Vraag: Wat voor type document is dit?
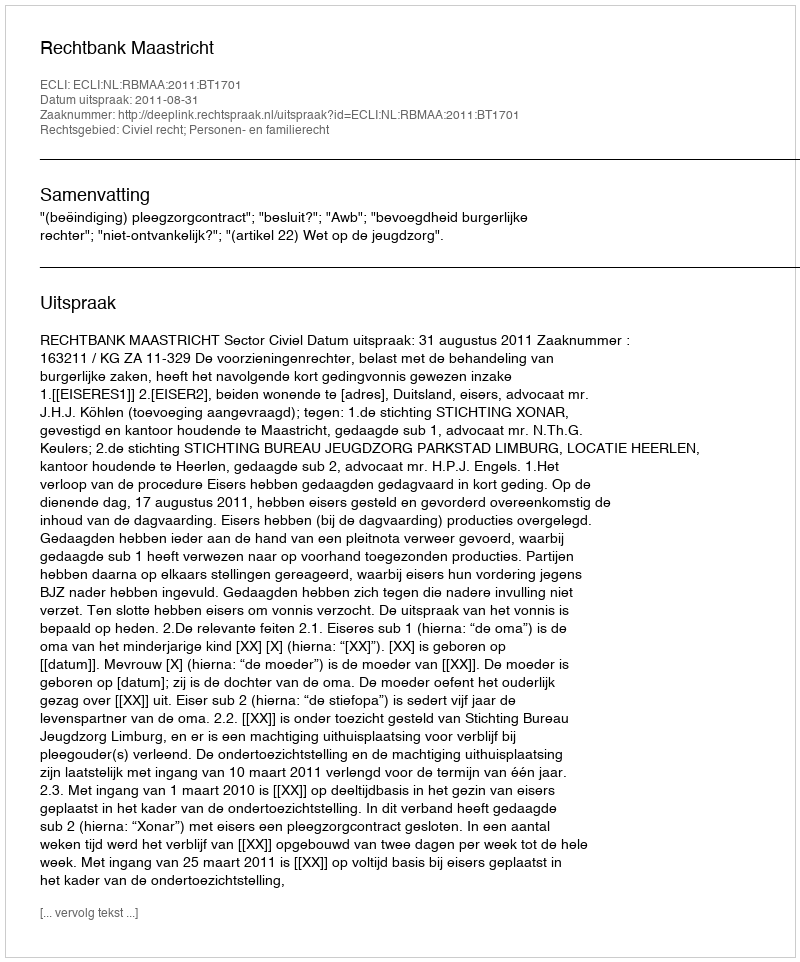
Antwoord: Uitspraak